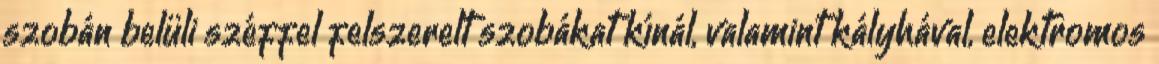
szobán belüli széffel felszerelt szobákat kínál, valamint kályhával, elektromos